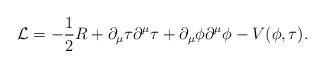
LaTeX: \begin{align*}{\mathcal{L}}=-\frac{1}{2}R + \partial_\mu \tau \partial^\mu \tau+ \partial_\mu \phi \partial^\mu \phi -V(\phi,\tau).\end{align*}